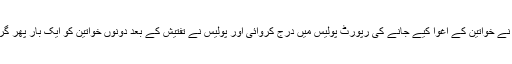
کسٹم حکام نے خواتین کے اغوا کیے جانے کی رپورٹ پولیس میں درج کروائی اور پولیس نے تفتیش کے بعد دونوں خواتین کو ایک بار پھر گرفتار کرلیا۔